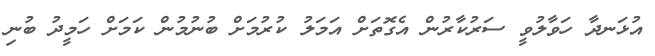
އުޅަނދާ ހަވާލުވީ ސަރުކާރުން އެގޮތަށް އަމަލު ކުރުމަށް ބުނުމުން ކަމަށް ހަމީދު ބުނި